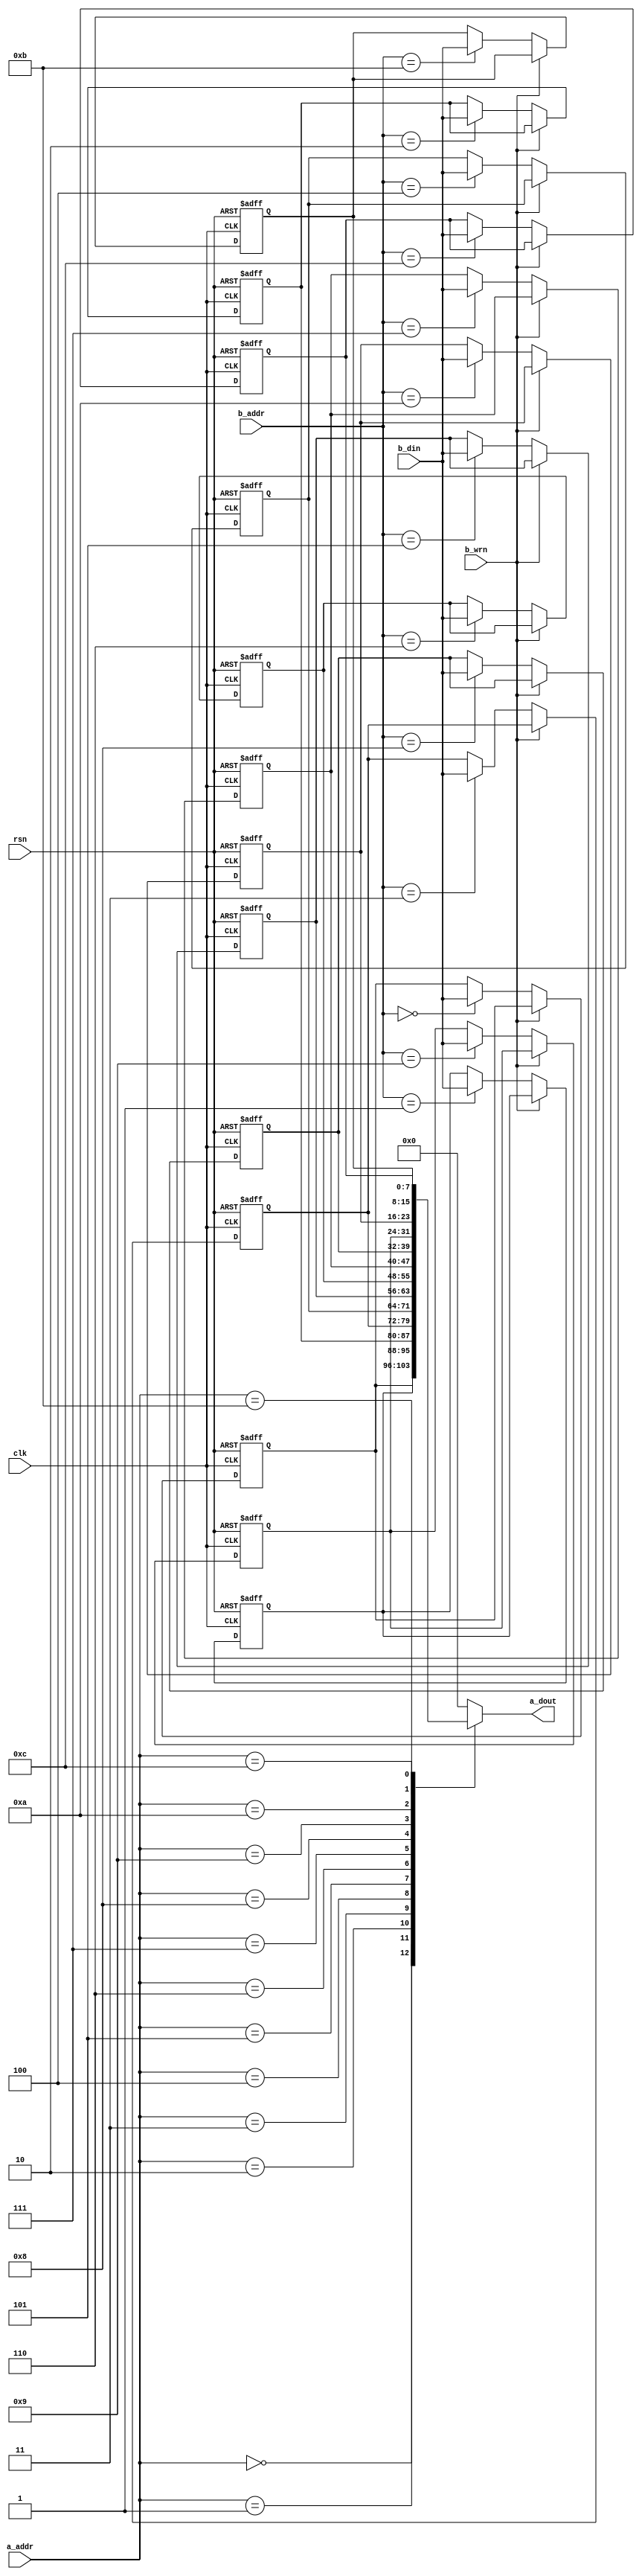
//+ ---------------------------------------------------------------------
//+
//+ Copyright (c) 1999-2003 FhG IPMS (Fraunhofer Institute of Photonic
//+ Microsystems, Dresden, Germany)
//+
//+ Please review the terms of the license agreement before using this
//+ file.  If you are not an authorized user, please destroy this source
//+ file and notify FhG IPMS immediately that you inadvertently 
//+ received an unauthorized copy.
//+ ---------------------------------------------------------------------
//+
//+  Project       : Basic CAN
//+
//+  File          : rx_buf_13x8.v
//+  Dependencies  : none
//+
//+  Model Type:   : Synthesizable core
//+
//+  Description   : CAN Controller Modules (Basic CAN version)
//+
//+  Designer      : BS
//+
//+  QA Engineer   : NA
//+
//+  Creation Date : 30-Oct-2002
//+
//+  Last Update   : 10-Jan-2007
//+
//+  Version       : 2V18N00S00
//+ ---------------------------------------------------------------------
//+
//+ $Id: rx_buf_13x8.v,v 1.1.2.8 2007/01/22 13:54:02 schneide Exp $
`timescale 1ns / 100ps
module rx_buf_13x8 (
	a_addr,           //+ port a buffer addr
        a_dout,           //+ port a data output
        b_addr,           //+ port b buffer addr
        b_din,            //+ port b data input
        b_wrn,            //+ port b write signal low active
        clk,              //+ clock 
        rsn		  //+ global reset low active 
        );
input	[3:0] a_addr;     
output  [7:0] a_dout;     
input   [3:0] b_addr;     
input   [7:0] b_din;      
input         b_wrn;      
input         clk;        
input         rsn;        
wire    [3:0] a_addr;           
reg     [7:0] a_dout;           
wire    [3:0] b_addr;           
wire    [7:0] b_din;            
wire          b_wrn;            
wire          clk;              
wire          rsn;        	
reg     [7:0] reg0;
reg     [7:0] reg1;
reg     [7:0] reg2;
reg     [7:0] reg3;
reg     [7:0] reg4;
reg     [7:0] reg5;
reg     [7:0] reg6;
reg     [7:0] reg7;
reg     [7:0] reg8;
reg     [7:0] reg9;
reg     [7:0] rega;
reg     [7:0] regb;
reg     [7:0] regc;
always @ (a_addr or reg0 or reg1 or reg2 or reg3 or reg4 or reg5
          or reg6 or reg7 or reg8 or reg9 or rega or regb or regc)
  case (a_addr)
    4'h0   : a_dout = reg0;  
    4'h1   : a_dout = reg1;  
    4'h2   : a_dout = reg2;  
    4'h3   : a_dout = reg3;  
    4'h4   : a_dout = reg4;  
    4'h5   : a_dout = reg5;  
    4'h6   : a_dout = reg6;  
    4'h7   : a_dout = reg7;  
    4'h8   : a_dout = reg8;  
    4'h9   : a_dout = reg9;  
    4'ha   : a_dout = rega;  
    4'hb   : a_dout = regb;  
    4'hc   : a_dout = regc;  
    default: a_dout = 8'h00;
  endcase
always @ (negedge rsn or posedge clk)
  if (rsn==1'b0)
    begin
      reg0 <= 8'hff;  
      reg1 <= 8'hff;  
      reg2 <= 8'hff;  
      reg3 <= 8'hff;  
      reg4 <= 8'hff;  
      reg5 <= 8'hff;  
      reg6 <= 8'hff;  
      reg7 <= 8'hff;  
      reg8 <= 8'hff;  
      reg9 <= 8'hff;  
      rega <= 8'hff;  
      regb <= 8'hff;  
      regc <= 8'hff;  
    end
  else
    begin
      if (b_wrn==1'b0)
        case (b_addr)
          4'h0   : reg0 <= b_din;  
          4'h1   : reg1 <= b_din;  
          4'h2   : reg2 <= b_din;  
          4'h3   : reg3 <= b_din;  
          4'h4   : reg4 <= b_din;  
          4'h5   : reg5 <= b_din;  
          4'h6   : reg6 <= b_din;  
          4'h7   : reg7 <= b_din;  
          4'h8   : reg8 <= b_din;  
          4'h9   : reg9 <= b_din;  
          4'ha   : rega <= b_din;  
          4'hb   : regb <= b_din;  
          4'hc   : regc <= b_din;  
          default: ;
        endcase
      else;
    end
endmodule